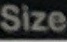
Size